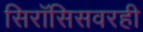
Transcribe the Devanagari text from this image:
सिरॉसिसवरही